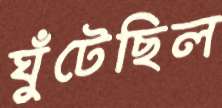
ঘুঁটেছিল